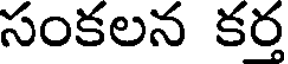
సంకలన కర